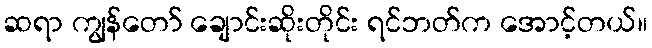
ဆရာ ကျွန်တော် ချောင်းဆိုးတိုင်း ရင်ဘတ်က အောင့်တယ်။